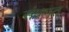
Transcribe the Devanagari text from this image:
संवभत